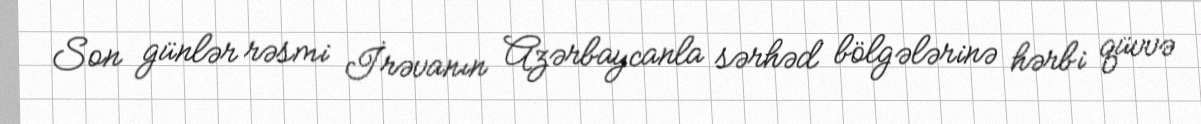
Son günlər rəsmi İrəvanın Azərbaycanla sərhəd bölgələrinə hərbi qüvvə